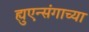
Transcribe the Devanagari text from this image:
ह्युएन्संगाच्या